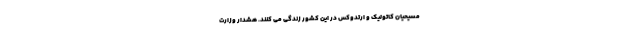
مسیحیان کاتولیک و ارتدوکس در این کشور زندگی می کنند. هشدار وزارت